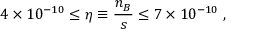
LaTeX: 4 \times 1 0 ^ { - 1 0 } \leq \eta \equiv \frac { n _ { B } } { s } \leq 7 \times 1 0 ^ { - 1 0 } \ ,